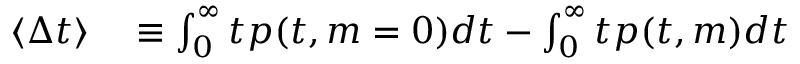
\begin{array} { r l } { \langle \Delta t \rangle } & { { } \equiv \int _ { 0 } ^ { \infty } t p ( t , m = 0 ) d t - \int _ { 0 } ^ { \infty } t p ( t , m ) d t } \end{array}